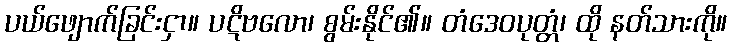
ပယ်ဖျောက်ခြင်းငှာ။ ပဋိဗလော၊ စွမ်းနိုင်၏။ တံဒေဝပုတ္တံ၊ ထို နတ်သားကို။